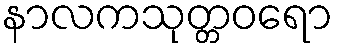
နာလကသုတ္တဝရော